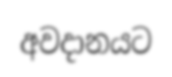
අවදානයට